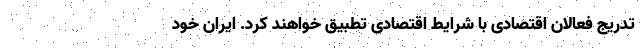
تدریج فعالان اقتصادی با شرایط اقتصادی تطبیق خواهند کرد. ایران خود